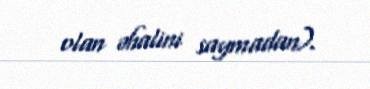
olan əhalini saymadan).